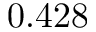
0 . 4 2 8